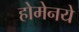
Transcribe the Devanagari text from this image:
होमेनये